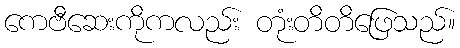
ကေဗီဆေးကိုကလည်း တုံးတိတိဖြေသည်။